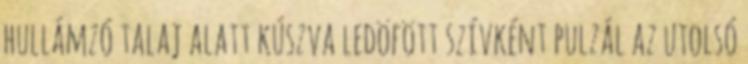
hullámzó talaj alatt kúszva ledöfött szívként pulzál az utolsó